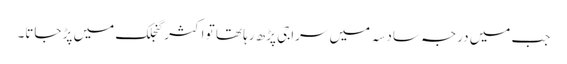
جب میں درجہ سادسہ میں سراجی پڑھ رہا تھا تو اکثر گنجلک میں پڑ جاتا۔